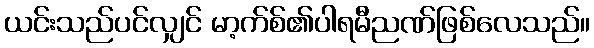
ယင်းသည်ပင်လျှင် မာ့က်စ်၏ပါရမီညဏ်ဖြစ်လေသည်။